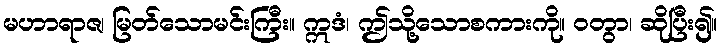
မဟာရာဇ၊ မြတ်သောမင်းကြီး။ ဣဒံ၊ ဤသို့သောစကားကို။ ဝတွာ၊ ဆိုပြီး၍။